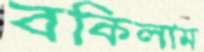
বকিলাম